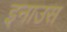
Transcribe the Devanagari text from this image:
इनाउस